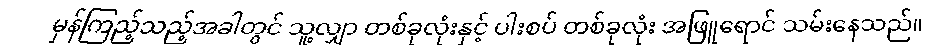
မှန်ကြည့်သည့်အခါတွင် သူ့လျှာ တစ်ခုလုံးနှင့် ပါးစပ် တစ်ခုလုံး အဖြူရောင် သမ်းနေသည်။